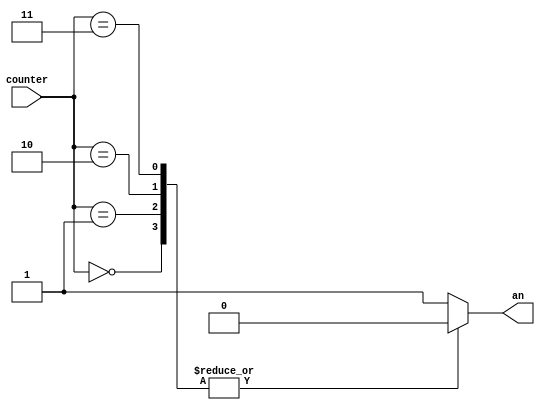
module AnodeSelector (counter, an);

input wire [2:0]counter;
output reg an;

always @ (counter)
begin
	case (counter)
		3'b000:		an <= 1'b0;
		3'b001:		an <= 1'b0;
		3'b010:		an <= 1'b0;
		3'b011:		an <= 1'b0;
		default:	an <= 1'b1;
	endcase
end
endmodule